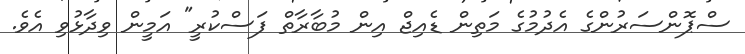
ސްޕޮންސަރުންގެ އެދުމުގެ މަތިން ޑެއިޖް އިން މުބާރާތް ފަސްކުރީ" އަމީން ވިދާޅުވި އެވެ.